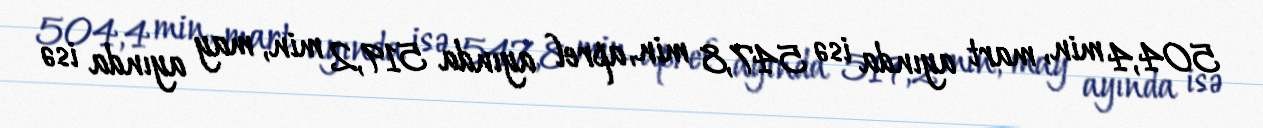
504,4 min, mart ayında isə 547,8 min, aprel ayında 519,2 min, may ayında isə